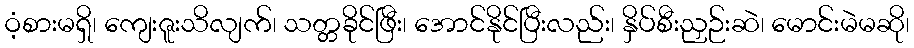
ဝံ့စားမရှိ၊ ကျေးဇူးသိလျက်၊ သတ္တခိုင်ဖြီး၊ အောင်နိုင်ပြီးလည်း၊ နှိပ်စီးညှဉ်းဆဲ၊ မောင်းမဲမဆို၊